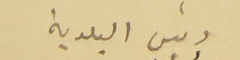
رئيس البلدية